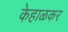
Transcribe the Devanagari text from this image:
केहाळकर